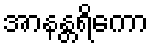
အာနန္တရိကော